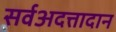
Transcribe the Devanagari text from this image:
सर्वअदत्तादान